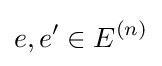
e,e'\in E^{(n)}